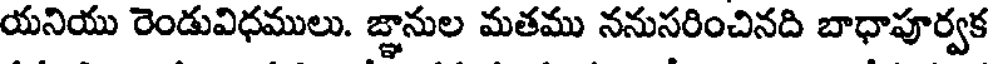
యనియు రెండువిధములు. జ్ఞానుల మతము ననుసరించినది బాధాపూర్వక